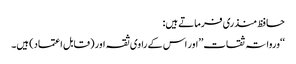
حافظ منذری فرماتے ہیں:
‘‘ورواتہ ثقات’’اور اس کے راوی ثقہ اور (قابل اعتماد) ہیں۔